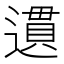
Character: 遦